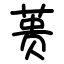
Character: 蒉